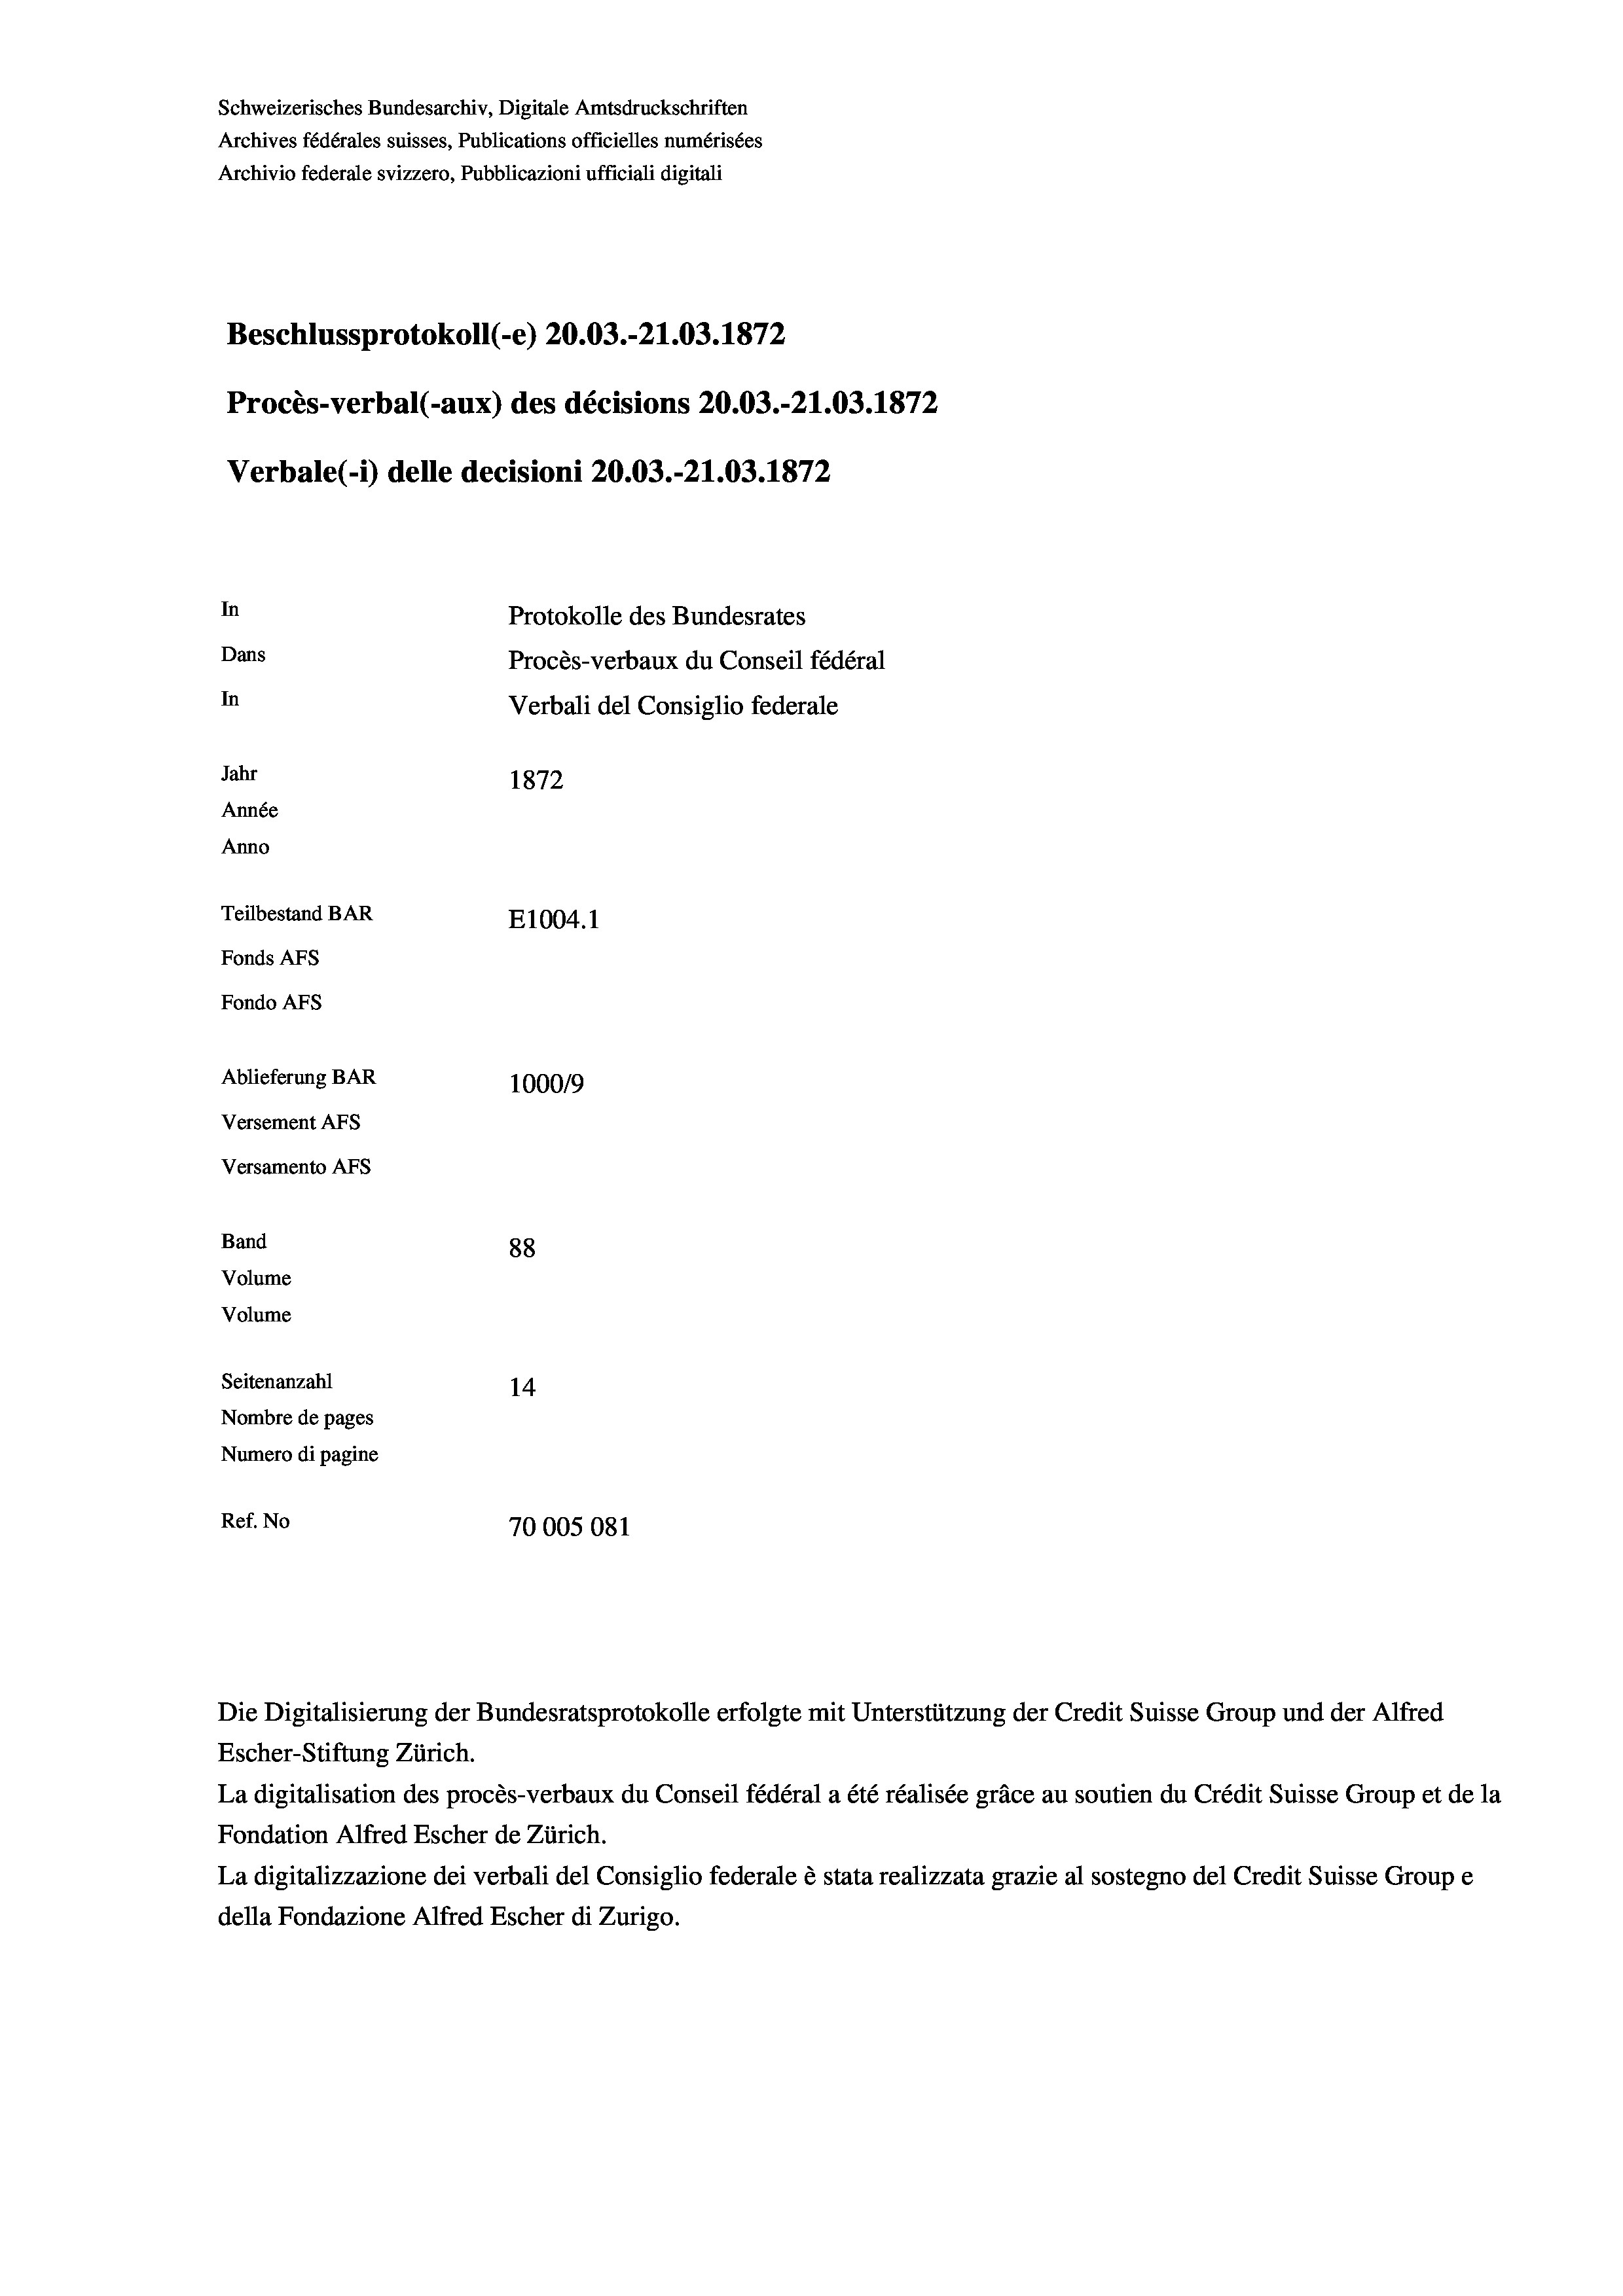
Schweizerisches Bundesarchiv, Digitale Amtsdruckschriften
Archives fédérales suisses, Publications officielles numérisées
Archivio federale svizzero, Pubblicazioni ufficiali digitali
Beschlussprotokoll (-e) 20.03.-21.03. 1872
Procès-verbal (-aux) des décisions 20.03.-21.03. 1872
Verbale(*) delle decisioni 20.03.-21.03. 1872
In
Protokolle des Bundesrates
Dans
Procès-verbaux du Conseil fédéral
In
Verbali del Consiglio federale
Jahr
1872
Année
Anno
Teilbestand BAR
E1004. 1
Fonds AFs
Fondo AFS
Ablieferung BAR
100019
Versement AFs
Versamento AFs
Band
88
Volume
Volume
Seitenanzahl
14
Nombre de pages
Numero di pagine
Ref. No
70005081

Escher-Stiftung Zürich.
La digitalisation des procès-verbaux du Conseil fédéral a été réalisée gräce au soutien du Crédit Suisse Group et de la
Fondation Alfred Escher de Zürich.
La digitalizzazione dei verbali del Consiglio federale è stata realizzata grazie al sostegno del Credit Suisse Groupe
della Fondazione Alfred Escher di Zurigo.

Die Digitalisierung der Bundesratsprotokolle erfolgte mit Unterstützung der Credit Suisse Group und der Alfred